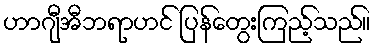
ဟာဂျီအီဘရာဟင် ပြန်တွေးကြည့်သည်။